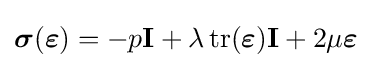
{\boldsymbol {\sigma }}({\boldsymbol {\varepsilon }})=-p\mathbf {I} +\lambda \operatorname {tr} ({\boldsymbol {\varepsilon }})\mathbf {I} +2\mu {\boldsymbol {\varepsilon }}